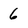
Character: 6